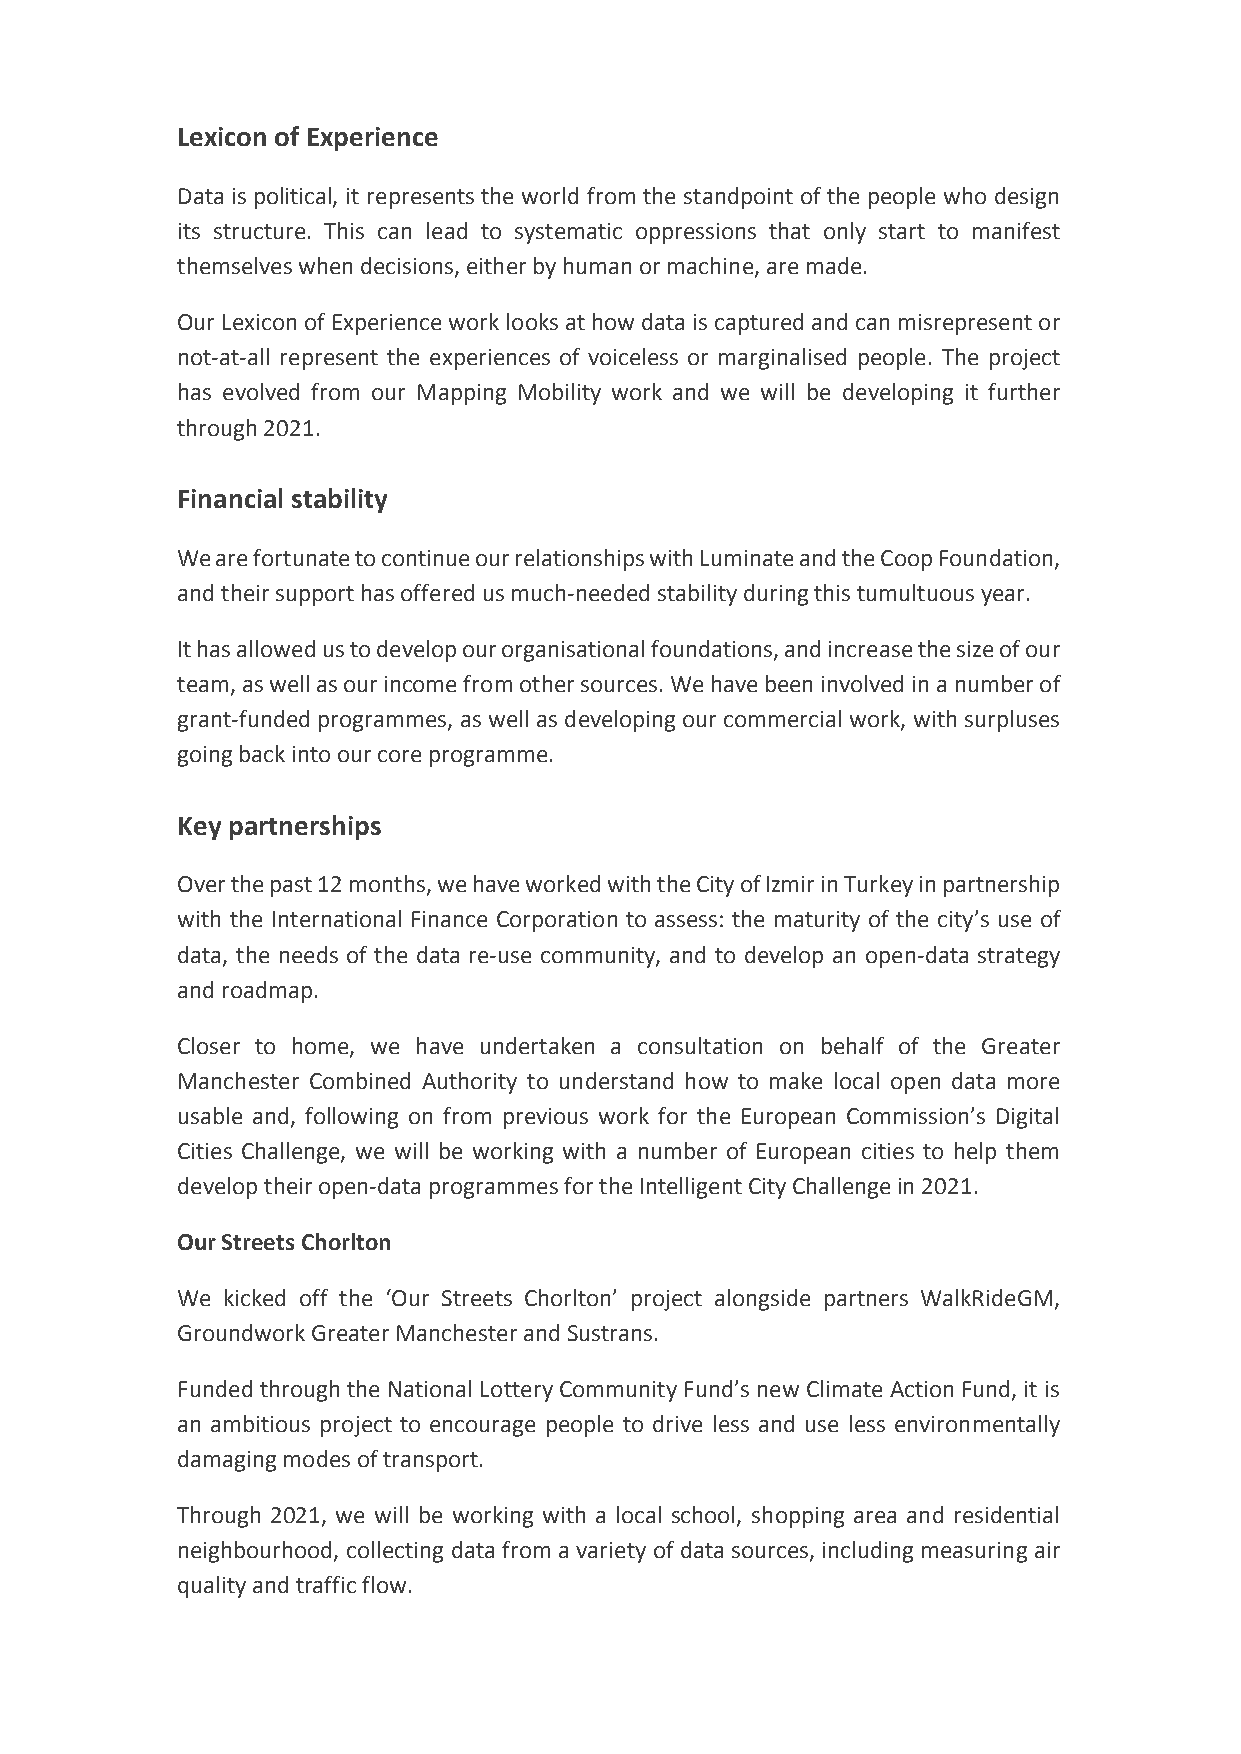
Lexicon of Experience
 Data is political, it represents the world from the standpoint of the people who design
 its structure. This can lead to systematic oppressions that only start to manifest
 themselveswhendecisions,eitherbyhumanormachine,aremade.
 OurLexiconofExperienceworklooksathowdataiscapturedandcanmisrepresentor
 not-at-all represent the experiences of voiceless or marginalised people. The project
 has evolved from our Mapping Mobility work and we will be developing it further
 through2021.
 Financial stability
 WearefortunatetocontinueourrelationshipswithLuminateandtheCoopFoundation,
 andtheirsupporthasofferedusmuch-neededstabilityduringthistumultuousyear.
 Ithasallowedustodevelopourorganisationalfoundations,andincreasethesizeofour
 team,aswellasourincomefromothersources.Wehavebeeninvolvedinanumberof
 grant-funded programmes, as well as developing our commercial work, with surpluses
 goingbackintoourcoreprogramme.
 Key partnerships
 Overthepast12months,wehaveworkedwiththeCityofIzmirinTurkeyinpartnership
 with the International Finance Corporation to assess: the maturity of the city’s use of
 data, the needs of the data re-use community, and to develop an open-data strategy
 androadmap.
 Closer to home, we have undertaken a consultation on behalf of the Greater
 Manchester Combined Authority to understand how to make local open data more
 usable and, following on from previous work for the European Commission’s Digital
 Cities Challenge, we will be working with a number of European cities to help them
 developtheiropen-dataprogrammesfortheIntelligentCityChallengein2021.
 OurStreetsChorlton
 We kicked off the ‘Our Streets Chorlton’ project alongside partners WalkRideGM,
 GroundworkGreaterManchesterandSustrans.
 FundedthroughtheNationalLotteryCommunityFund’snewClimateActionFund,itis
 an ambitious project to encourage people to drive less and use less environmentally
 damagingmodesoftransport.
 Through 2021, we will be working with a local school, shopping area and residential
 neighbourhood, collecting data from a variety of data sources, including measuring air
 qualityandtrafficflow.